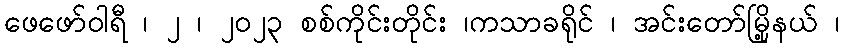
ဖေဖော်ဝါရီ ၊ ၂ ၊ ၂၀၂၃ စစ်ကိုင်းတိုင်း ၊ကသာခရိုင် ၊ အင်းတော်မြို့နယ် ၊